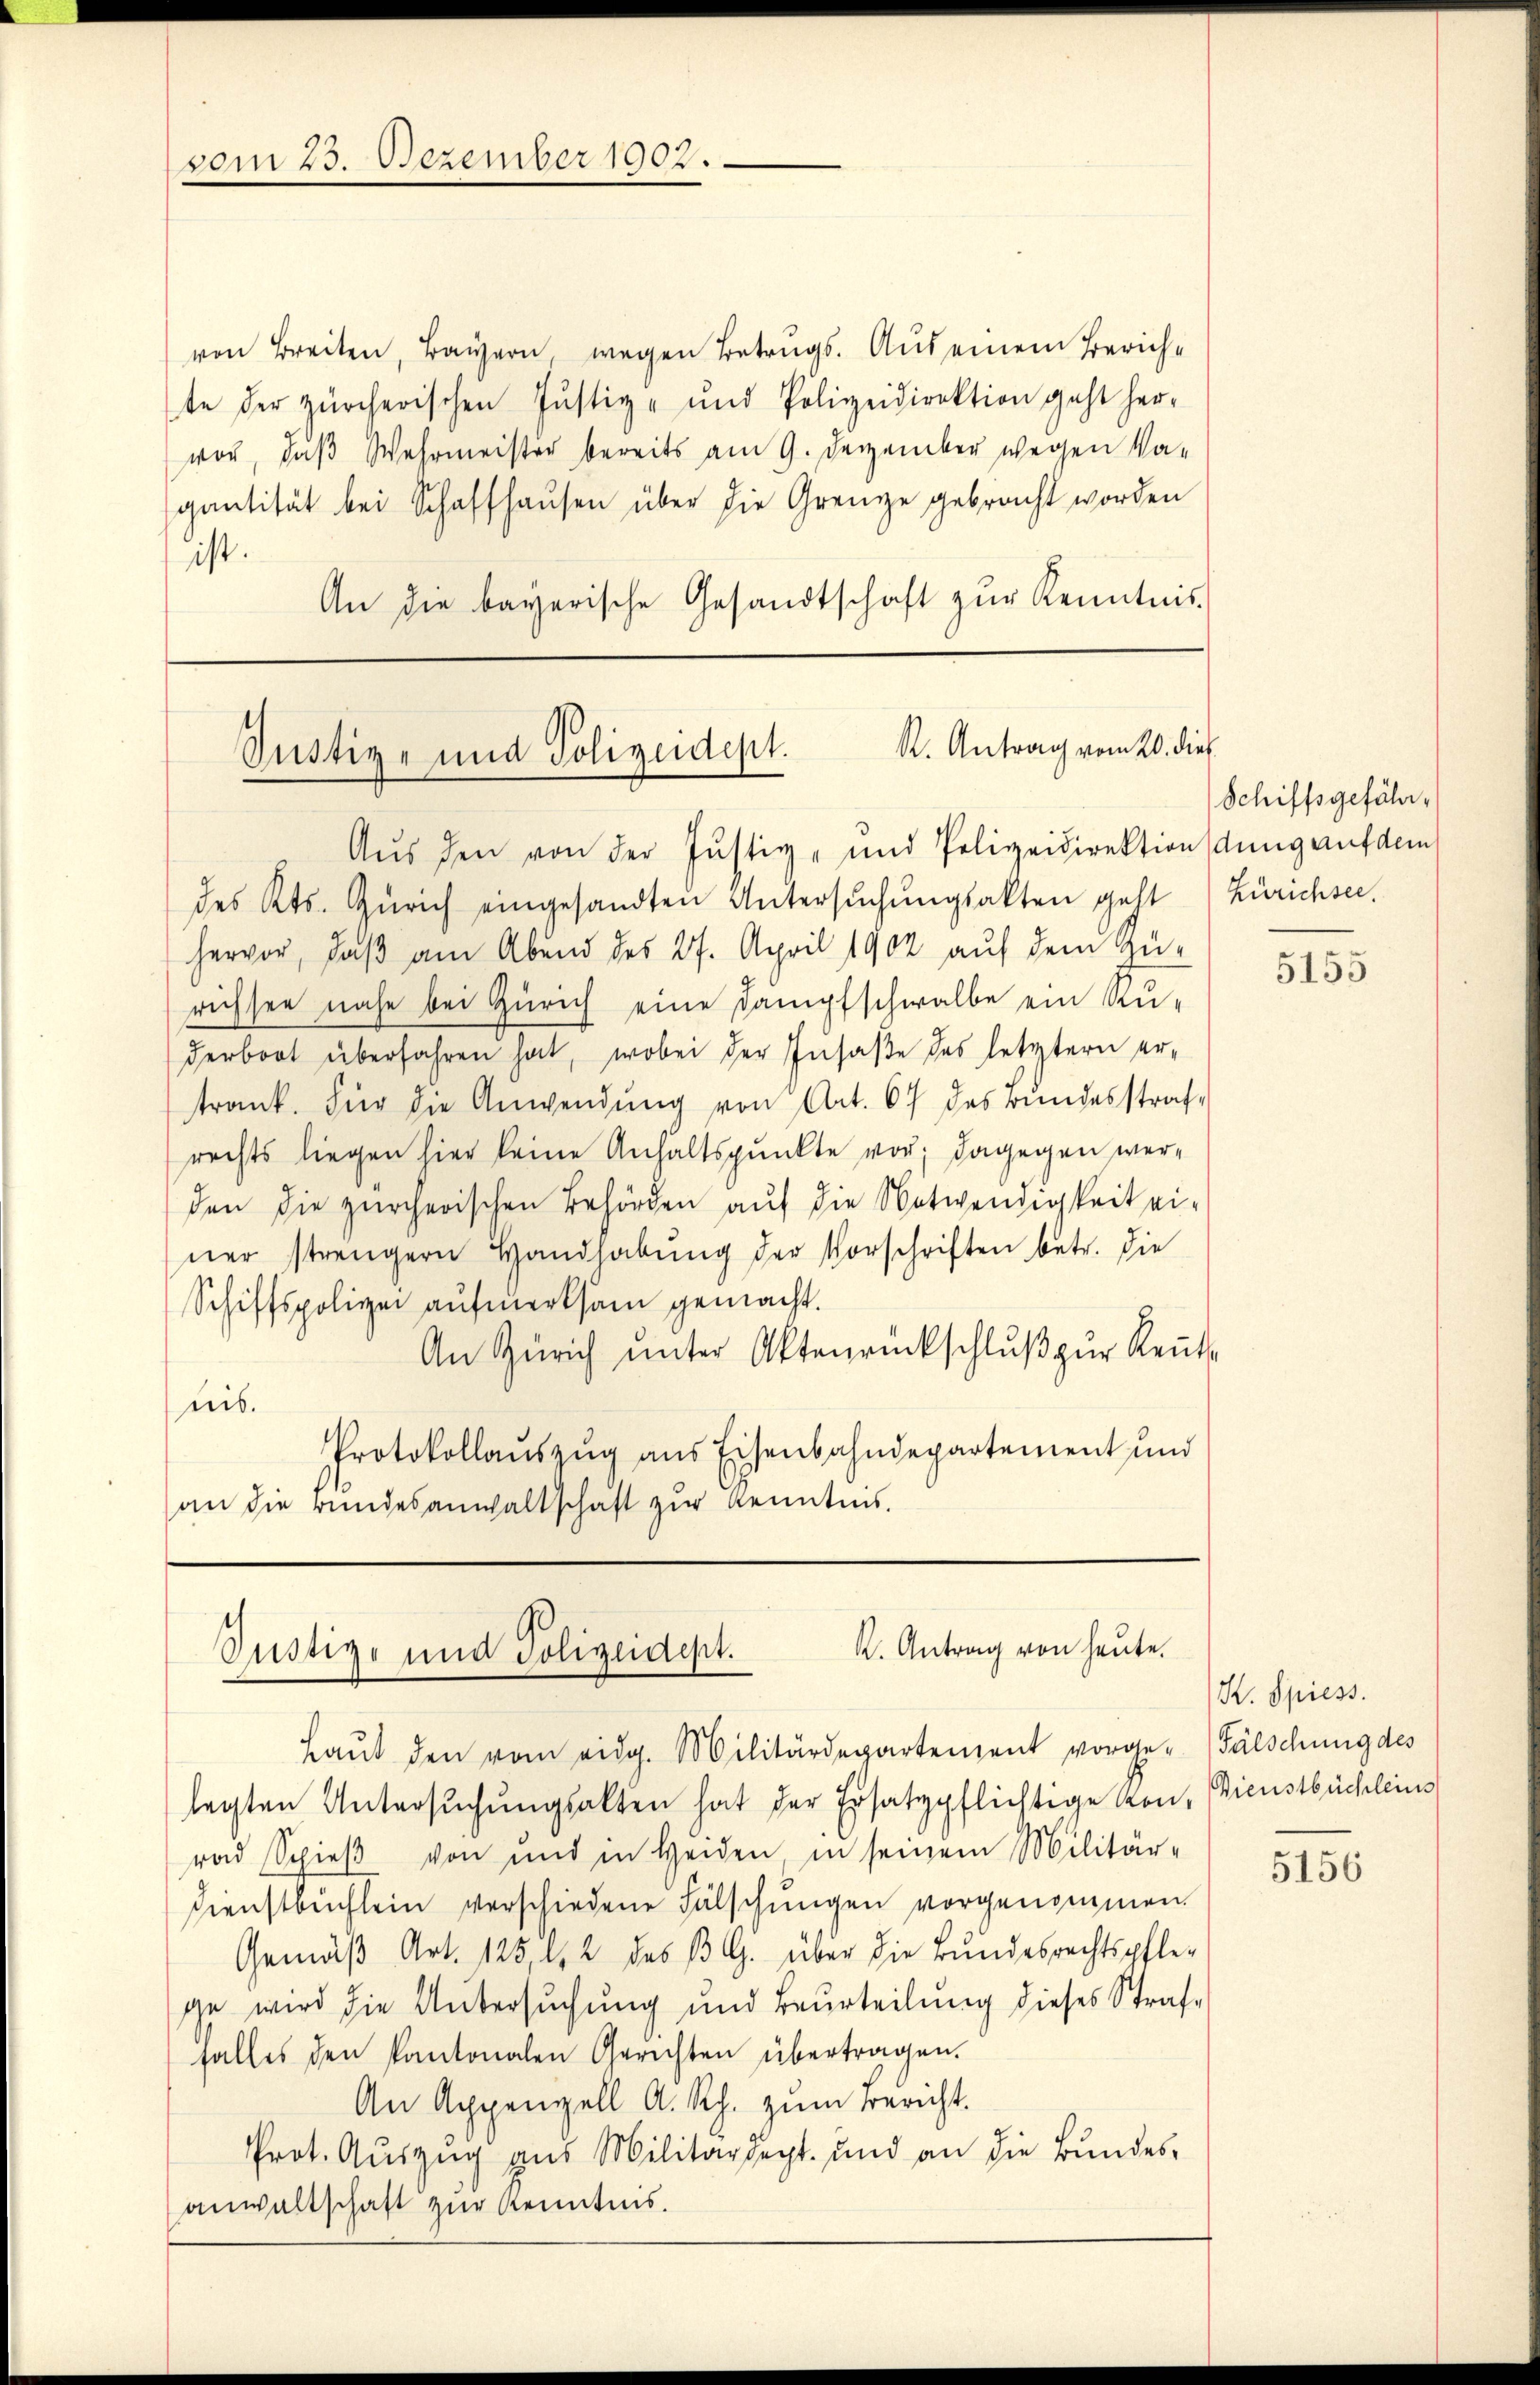
von Breiten, Bauzern, wegen Betrugs. Aus einem Zürichte der zürcherischen Justiz- und Polizeidirektion geht her-
vor, daß Wehrmeister bereits am 9. Dezember wegen Va-
gantität bei Schaffhaŭsen über die Grenze gebracht worden
ist.
An die bayerische Gesandtschaft zŭr Kenntnis-

vom 23. Dezember 1902.

R. Antrag vom 20. dies
Justiz- und Polizeidept.

K. Antrag von heute.
Justiz- und Polizeidept.

Aus den von der Justiz- und Polizeidirektion dung auf dem
des Kts. Zürich eingesandten Untersŭchŭngsakten geht
hervor, daß am Abend des 27. April 1902 auf dem Zurichsen nahe bei Zürich eine Dampfschwalbe ein Ru-
derboot überfahren hat, wobei der Insase des letztern er-
trank. Für die Anwendung von Art. 67 des Bundesstrafrechts liegen hier keine Anhaltspunkte vor; dagegen werden die zürcherischen Behörden auf die Notwendigkeit einer strengern Handhabŭng der Vorschriften betr. die
Schiffspolizei aufmerksam gemacht.
An Zürich ŭnter Aktenrückschlŭβ zŭr Rente
nis.
Protokollauszug aus Eisenbahndepartement und
an die Bundesanwaltschaft zur Kenntnis.

Laut den vom eidg. Militärdepartement vorge-Fälschung des
legten Untersuchungsakten hat der Ersatzpflichtige kon, Dienstbüchleins
rad Spieß von und in Heiden, in seinem Militär-
Dienstbuchlein verschiedene Fälschungen vorgenommen.
Gemäß Art. 125, l. 2 des BG. über die Bundesrechtspflege wird die Untersuchung und Beurteilung dieses Straf-
falles den kantonalen Gerichten übertragen.
An Appenzell A. Rh. zŭm Bericht.
Prot. Auszug aus Militärdept. und an die Bundes,
anwaltschaft zur Kenntnis.

Schiffsgefähr,
Zürichsee.

5155

K. Spiess.

5156